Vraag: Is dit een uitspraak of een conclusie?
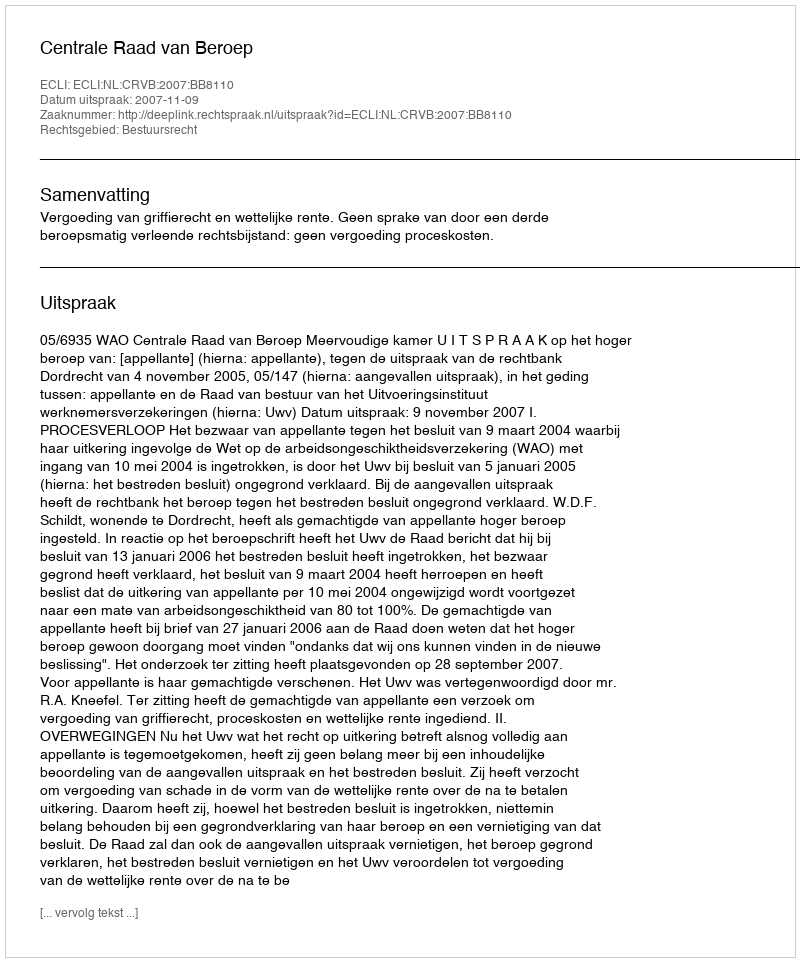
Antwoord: Uitspraak